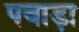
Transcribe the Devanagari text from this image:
पवाड़ा